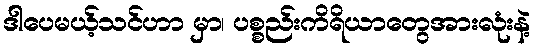
ဒါပေမယ့်သင်ဟာ မှာ၊ ပစ္စည်းကိရိယာတွေအားလုံးနဲ့